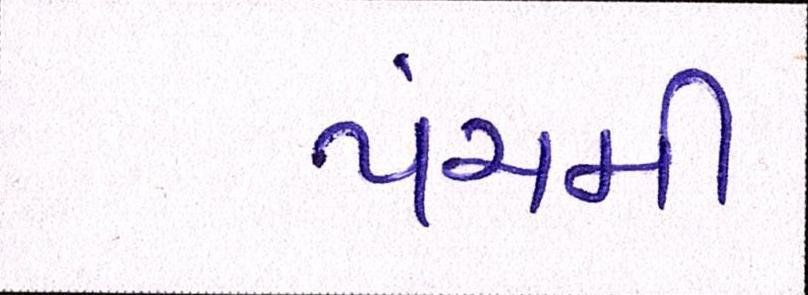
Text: પંચમી